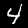
Digit: 4